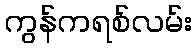
ကွန်ကရစ်လမ်း